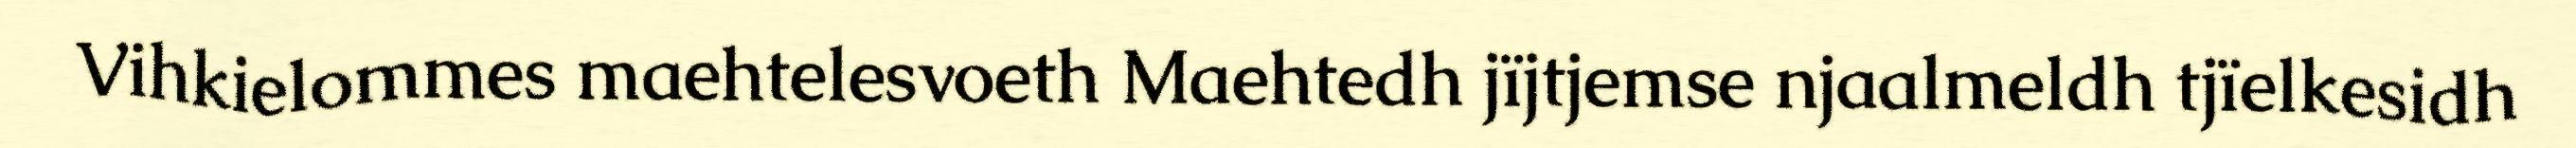
Vihkielommes maehtelesvoeth Maehtedh jïjtjemse njaalmeldh tjïelkesidh